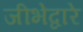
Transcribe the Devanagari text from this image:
जीभेद्वारे